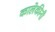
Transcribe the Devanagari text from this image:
कालेकीनी